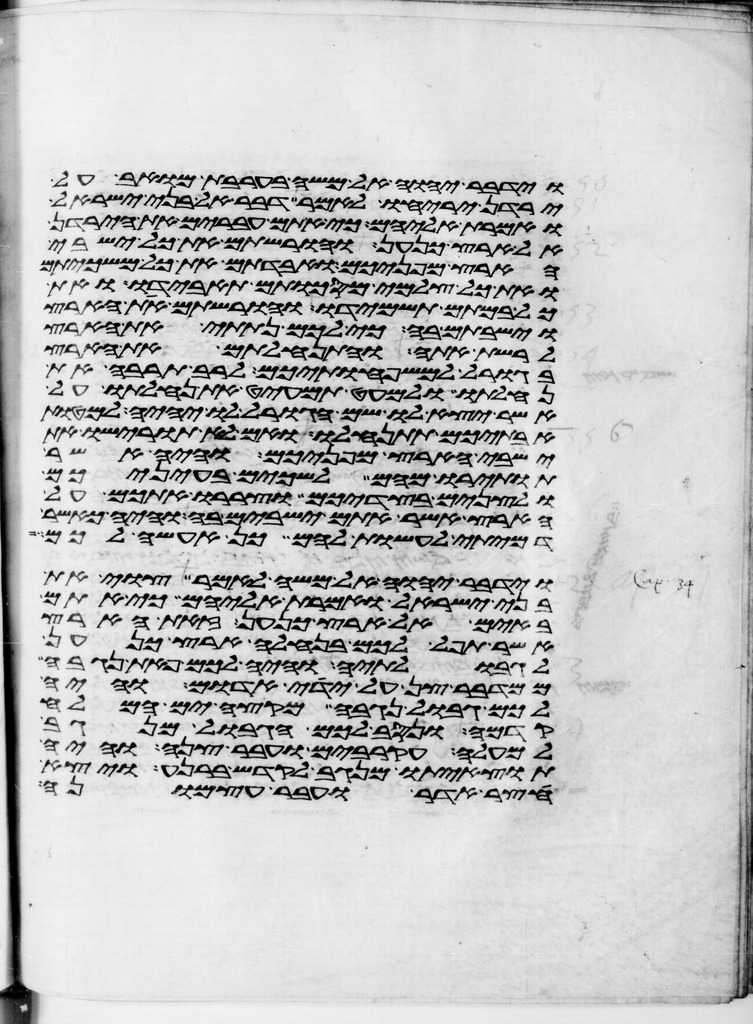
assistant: וידבר יהוה אל משה בערבת מואב על
ירדן יריחו לאמר דבר אל בני ישראל
ואמרת אליהם כי אתם עברים את הירדן
אל ארץ כנען והורשתם את כל ישבי
הארץ מפניכם ואבדתם את כל משכיותם
ואת כל צלמי מסכותם תאבידו ואת
כל במתם תשמידו והורשתם את הארץ
וישבתם בה כי לכם נתתי את הארץ
לרשת אתה והתנחלתם את הארץ
בגורל למשפחותיכם לרב תרבה את
נחלתו ולמעט תמעיט את נחלתו על
אשר יצא לו שם הגורל לו יהיה למטות
אבתיכם תתנחלו ואם לא תורישו את
ישבי הארץ מפניכם והיה אשר
תותירו מהם לשכים בעיניכם
ולצנים בצדיכם וצררו אתכם על
הארץ אשר אתם ישבים בה והיה כאשר
דמיתי לעשות להם כן אעשה לכם
וידבר יהוה אל משה לאמר צוי את
בני ישראל ואמרת אליהם כי אתם
באים אל ארץ כנען זאת הארץ
אשר תפל לכם בנחלה ארץ כנען
לגבולתיה והיה לכם פאת נגבה
ממדבר צן על ידי אדום והיה
לכם גבול נגבה מקצה ים המלח
קדמה ונסב לכם הגבול מנגב
למעלה עקרבים ועבר צנה והיה
תוצאיתו מנגב לקדש ברנע ויצא
חצר אדר ועבר עצמונה